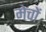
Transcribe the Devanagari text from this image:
मेचों